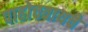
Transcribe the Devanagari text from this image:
पाहोचवायचे